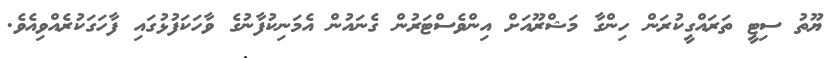
ޔޫތު ސިޓީ ތަރައްގީކުރަން ހިންގާ މަޝްރޫއަށް އިންވެސްޓަރުން ގެނައުން އެމަނިކުފާނުގެ ވާހަކަފުޅުގައި ފާހަގަކުރެއްވިއެވެ.